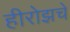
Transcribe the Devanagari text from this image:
हीरोझचे